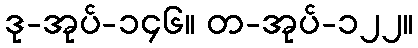
ဒု-အုပ်-၁၄၆။ တ-အုပ်-၁၂၂။